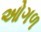
ઓગળ